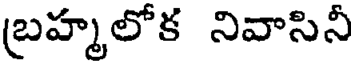
బ్రహ్మలోక నివాసినీ